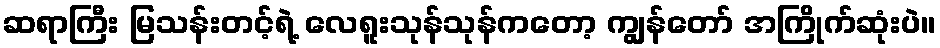
ဆရာကြီး မြသန်းတင့်ရဲ့ လေရူးသုန်သုန်ကတော့ ကျွန်တော် အကြိုက်ဆုံးပဲ။